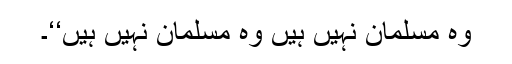
وہ مسلمان نہیں ہیں وہ مسلمان نہیں ہیں‘‘۔